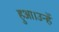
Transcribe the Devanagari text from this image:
हुआ।उन्हें